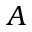
A